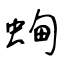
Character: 蜔